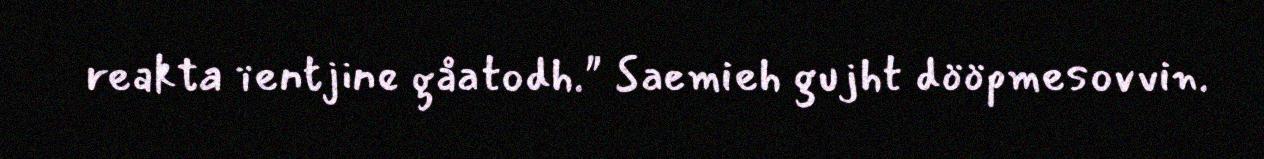
reakta ïentjine gåatodh." Saemieh gujht dööpmesovvin.